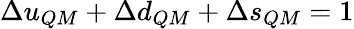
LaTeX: \Delta u_{QM}+\Delta d_{QM}+\Delta s_{QM}=1